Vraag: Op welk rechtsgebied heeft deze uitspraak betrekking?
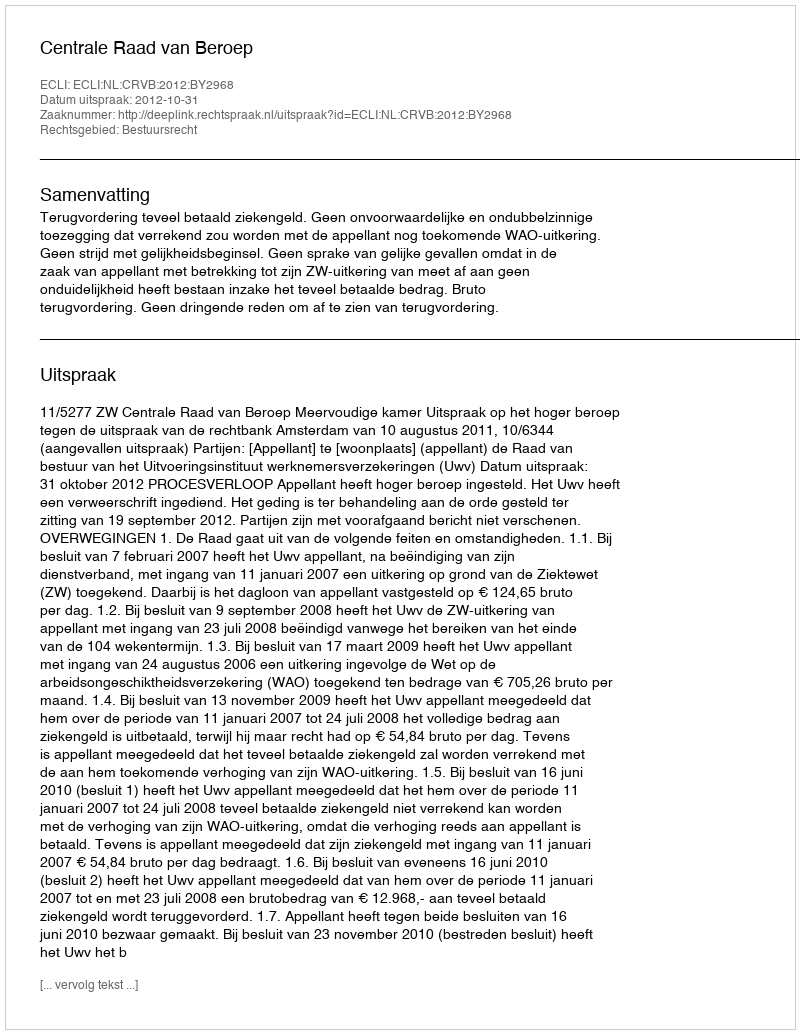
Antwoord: Bestuursrecht